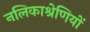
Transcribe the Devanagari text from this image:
नलिकाश्रेणियों